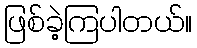
ဖြစ်ခဲ့ကြပါတယ်။